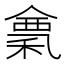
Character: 𥠌